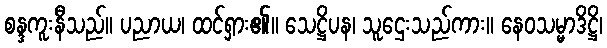
စန္ဒကူးနီသည်။ ပညာယ၊ ထင်ရှား၏။ သေဋ္ဌိပန၊ သူဌေးသည်ကား။ နေဝသမ္မာဒိဋ္ဌိ၊